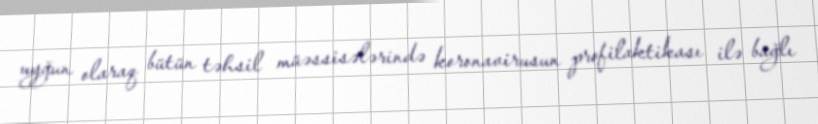
uyğun olaraq bütün təhsil müəssisələrində koronavirusun profilaktikası ilə bağlı